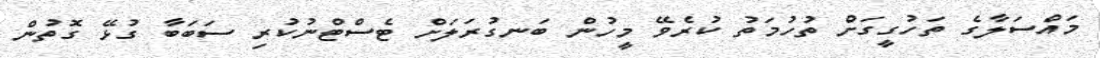
މައްސަލާގެ ތަހުގީގަށް ތުހުމަތު ކުރެވޭ މީހުން ބަނގުރަލަށް ޓެސްޓްނުކުރި ސަބަބާ ގުޅޭ ގޮތުން